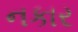
નકાર